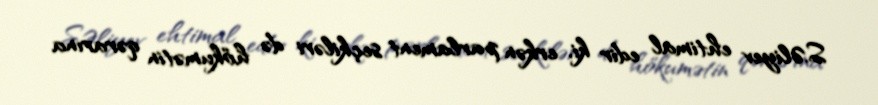
S.Əliyev ehtimal edir ki, erkən parlament seçkiləri də hökumətin qərarına